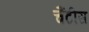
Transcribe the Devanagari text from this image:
चैंटीस